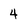
Character: 4